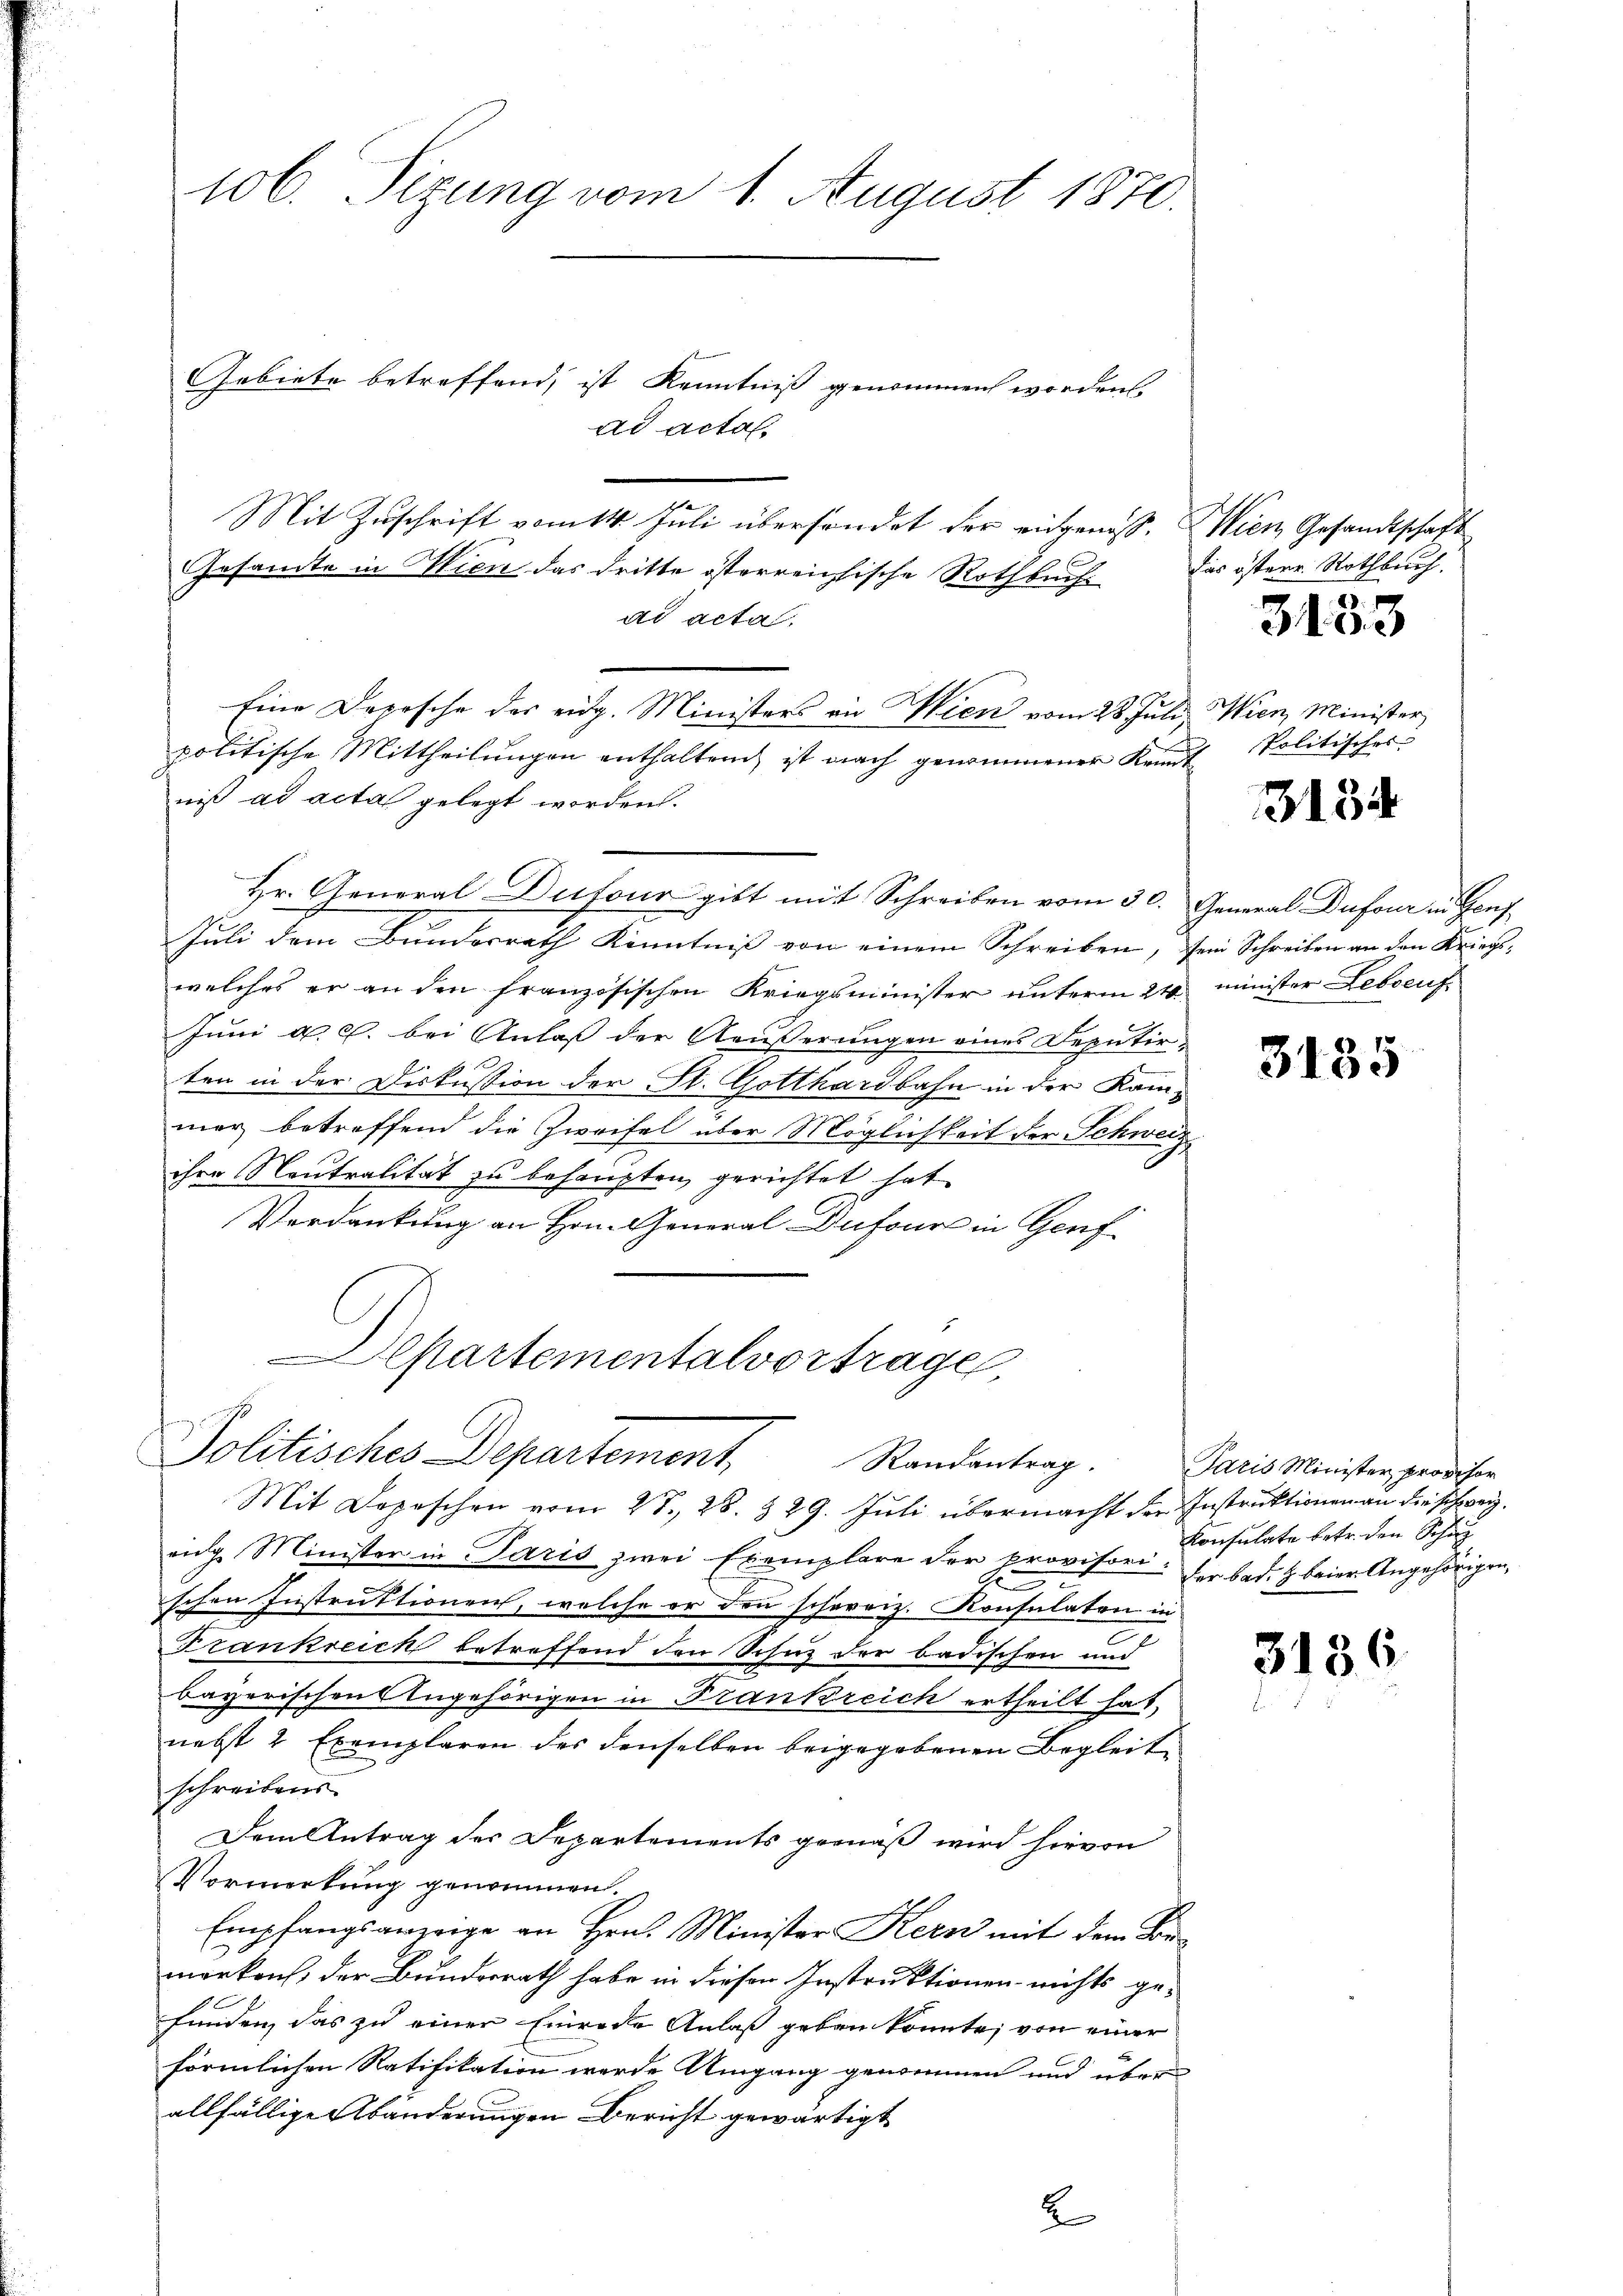
106. Sizung vom 1. August 1870.

Gebiete betreffend, ist Kenntniss genommen worden.
ad acta.
.
Mit Zuschrift vom 14. Juli übersendet der eingenoss. Wien Gesandtschaft
Gesandte in Wien das dritte österreichische Rothbuch
ad acta.
Eine Depesche der eidg. Ministers an Wien vom 28. Jŭli Wien Minister
politische Mittheilŭngen enthalten ist nach genommener Kant Politischer
niß ad acta gelegt worden.
Hr. General-Dufour gibt mit Schreiben vom 30. General Dufour in Genz¬
Juli dem Bundesrath Kenntniss von einem Schreiben, sein Schreiben an den Kriegswelches er an den französischen Kriegsminister unterm 24. minister Lebenf
Juni a. c. bei Anlaß der Aeußerungen eines Deputirten in der Diskussion der St. Gotthardbahn in der Kammer betreffend die Zweifel über Möglichkeit der Schweiz
ihre Neutralität zu behaupten, gerichtet hat
Verdankung an Hrn. General-Dufour in Genf

Chartementalvortrage,
Politisches Departement Randentrag.

Mit Depeschen vom 27. 28. 329. Juli übermacht der Instruktionen an die schweiz.
eng. Minister in Paris zwei Exemplare der provisori der bad. Z. beier Angehörigen,
E
ischen Instruktionen, welche er den schweiz. Konsulaten in
Frankreich betreffend den Sohnz der badischen und
bayerischen Angehörigen in Frankreich ertheilt hat,
nebst 2 Exemplaren des denselben beigegebenen Begleitschreibens
Dem Antrag des Departements gemäß wird hievon
Vormerkung genommen.
Empfangsanzeige an Hrn. Minister Kern mit dem Bormerkens, der Bundesrath habe in diesen Instruktionen nichts ge-
funden, das zu einer Einrede Anlaß geben konnte, von einer
förmlichen Ratifikation werde Umgang genommen und über
allfällige Abänderungen Bericht gewärtigt
2

das östere Rothbuch.

3133

3134

3135

Paris Minister provisor
Konsulate betr. den Schul

3136.